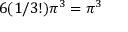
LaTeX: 6 ( 1 / 3 ! ) \pi ^ { 3 } = \pi ^ { 3 }